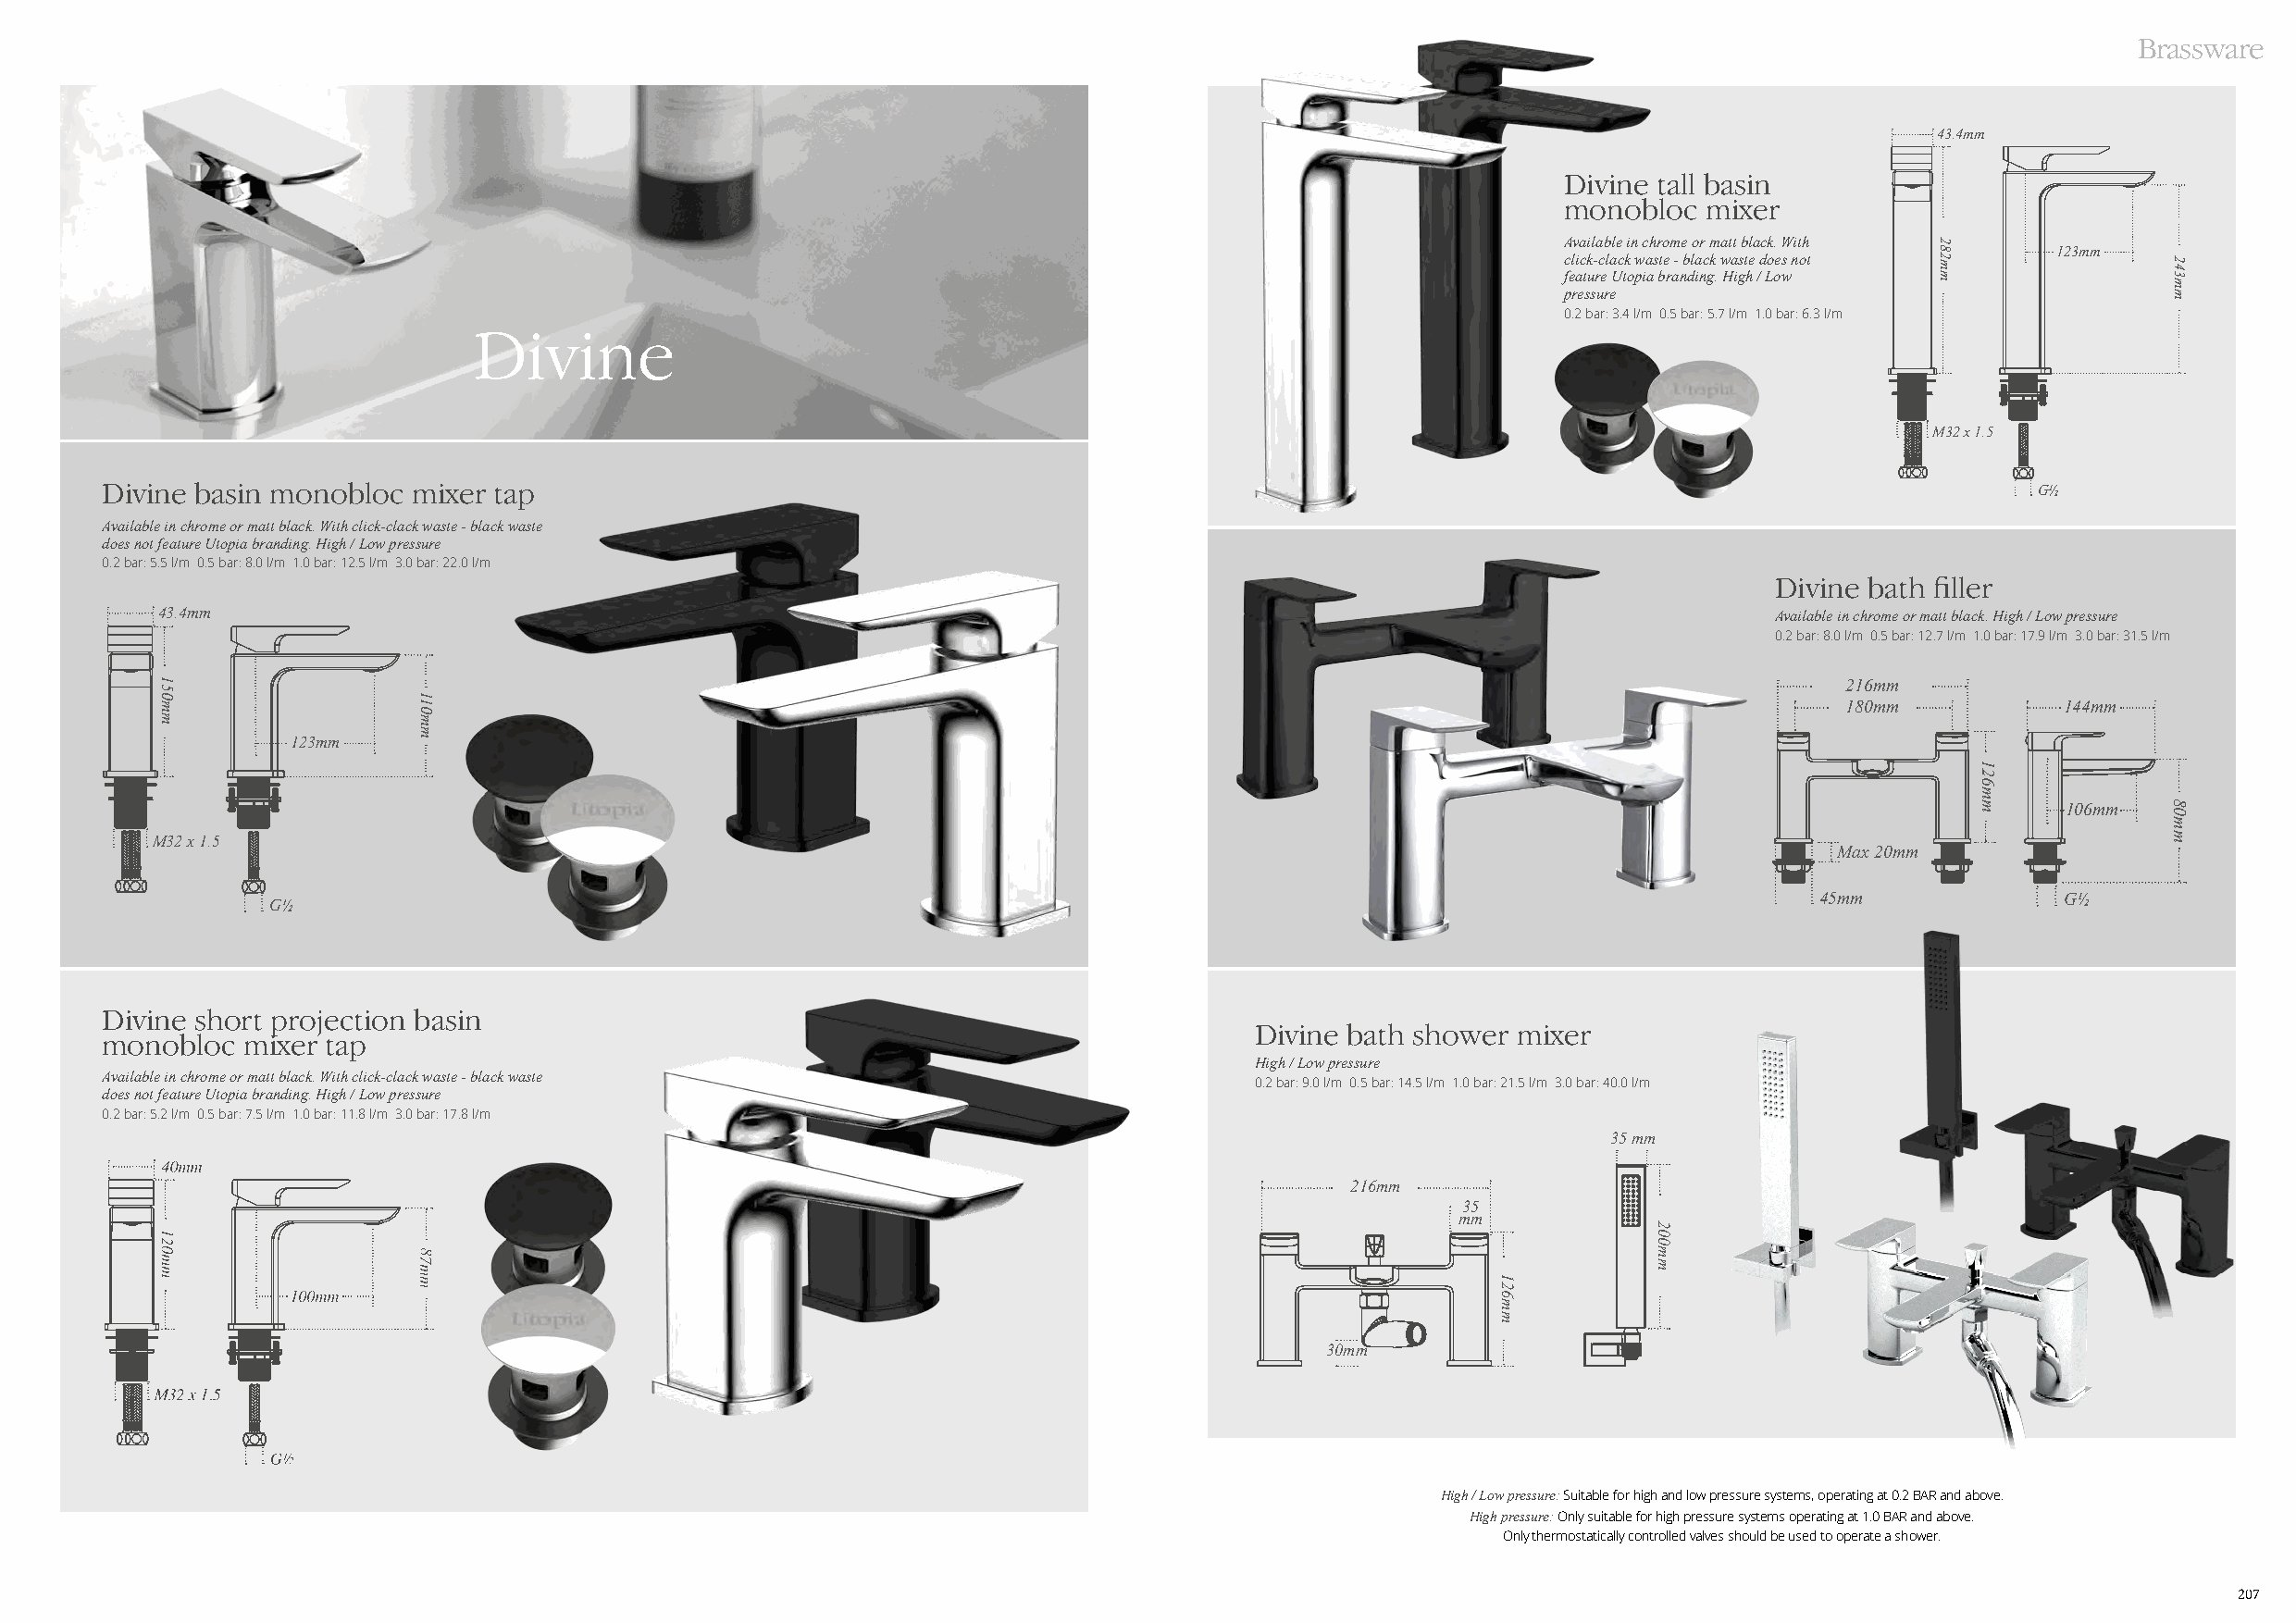
Brassware
 43.4mm
 Divine tall basin
 monobloc  mixer
 Available in chrome or matt black. With
 123mm
 click-clack waste - black waste does not
 feature Utopia branding. High / Low
 pressure
 0.2 bar: 3.4 l/m 0.5 bar: 5.7 l/m 1.0 bar: 6.3 l/m
 Divine
 M32 x 1.5
 Divine basin monobloc mixer tap                                                                                                            G½
 Available in chrome or matt black. With click-clack waste - black waste
 does not feature Utopia branding. High / Low pressure
 0.2 bar: 5.5 l/m 0.5 bar: 8.0 l/m 1.0 bar: 12.5 l/m 3.0 bar: 22.0 l/m
 Divine bath filler
 43.4mm                                                                                                              Available in chrome or matt black. High / Low pressure
 0.2 bar: 8.0 l/m 0.5 bar: 12.7 l/m 1.0 bar: 17.9 l/m 3.0 bar: 31.5 l/m
 216mm
 180mm           144mm
 123mm
 106mm
 M32 x 1.5
 Max 20mm
 45mm              G½
 G½
 Divine short projection basin
 Divine bath shower mixer
 monobloc  mixer tap
 High / Low pressure
 Available in chrome or matt black. With click-clack waste - black waste
 0.2 bar: 9.0 l/m 0.5 bar: 14.5 l/m 1.0 bar: 21.5 l/m 3.0 bar: 40.0 l/m
 does not feature Utopia branding. High / Low pressure
 0.2 bar: 5.2 l/m 0.5 bar: 7.5 l/m 1.0 bar: 11.8 l/m 3.0 bar: 17.8 l/m
 35 mm
 216mm
 35
 mm
 30mm
 High / Low pressure: Suitable for high and low pressure systems, operating at 0.2 BAR and above.
 High pressure: Only suitable for high pressure systems operating at 1.0 BAR and above.
 Only thermostatically controlled valves should be used to operate a shower.
 207
 150mm
 110mm
 126mm
 200mm
 282mm
 126mm
 243mm
 80mm